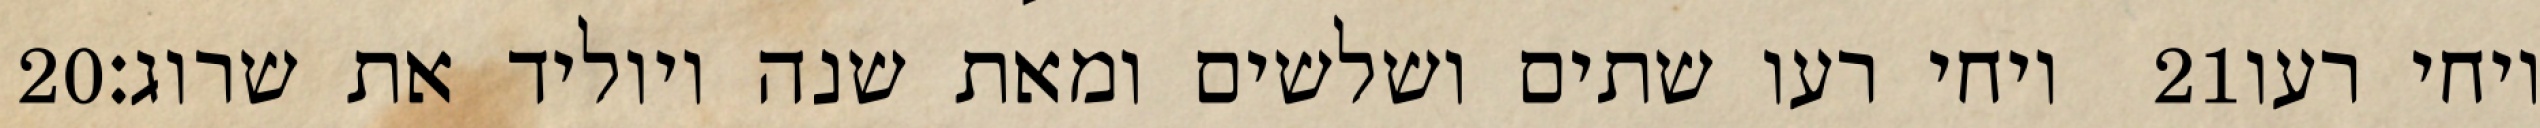
‎20‏ ויחי רעו שתים ושלשים ומאת שנה ויוליד את שרוג׃ ‎21‏ ויחי רעו